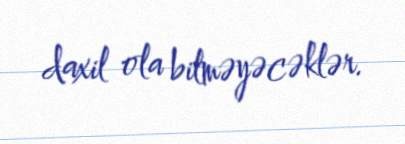
daxil ola bilməyəcəklər.